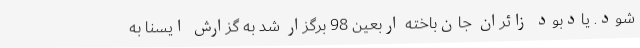
شود. یادبود زائران جان‌باخته اربعین 98 برگزار شد به گزارش ایسنا به